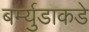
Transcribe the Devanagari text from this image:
बर्म्युडाकडे